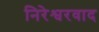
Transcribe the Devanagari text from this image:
निरेश्वरवाद